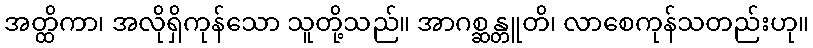
အတ္ထိကာ၊ အလိုရှိကုန်သော သူတို့သည်။ အာဂစ္ဆန္တူတိ၊ လာစေကုန်သတည်းဟု။